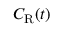
C _ { \mathrm { R } } ( t )